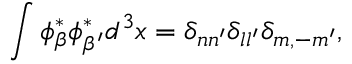
\int \phi _ { \beta } ^ { \ast } \phi _ { \beta ^ { \prime } } ^ { \ast } d ^ { 3 } x = \delta _ { n n ^ { \prime } } \delta _ { l l ^ { \prime } } \delta _ { m , - m ^ { \prime } } ,